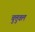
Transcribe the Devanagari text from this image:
चुत्तुवल